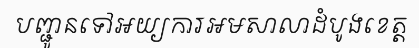
បញ្ជូនទៅអយ្យការអមសាលាដំបូងខេត្ត